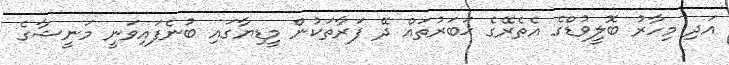
އަދި މިހާރު ބޮލީވުޑްގެ އެތެރޭގެ ޚަބަރުތައް ދޭ ފަރާތަކުން މީޑިޔާގައި ބުނެފައިވަނީ މަނީޝާގެ